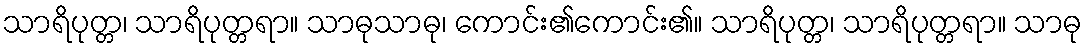
သာရိပုတ္တ၊ သာရိပုတ္တရာ။ သာဓုသာဓု၊ ကောင်း၏ကောင်း၏။ သာရိပုတ္တ၊ သာရိပုတ္တရာ။ သာဓု